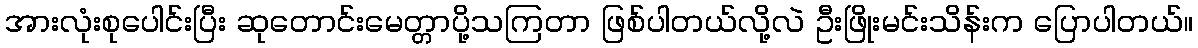
အားလုံးစုပေါင်းပြီး ဆုတောင်းမေတ္တာပို့သကြတာ ဖြစ်ပါတယ်လို့လဲ ဦးဖြိုးမင်းသိန်းက ပြောပါတယ်။